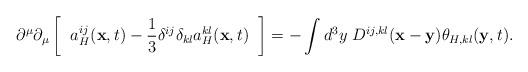
LaTeX: \begin{align*}\partial^{\mu}\partial_{\mu}\left [\;\; a_H^{ij}({\bf x},t)-\frac{1}{3}\delta^{ij}\delta_{kl}a_H^{kl}({\bf x},t)\;\;\right ]=-\int d^3y\;D^{ij,kl}({\bf x}-{\bf y})\theta_{H,kl}({\bf y},t).\end{align*}